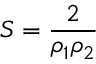
S = { \frac { 2 } { \rho _ { 1 } \rho _ { 2 } } }